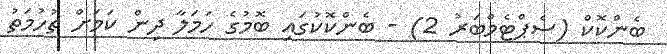
ބެންކޮކް (ސެޕްޓެމްބަރު 2) - ބެންކޮކުގައި ބޮމުގެ ހަމަލާ ދިން ކަމަށް ތުހުމަތު